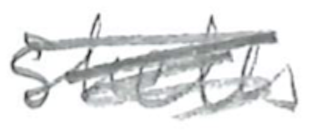
Text: shells
Cross-out: scratch
Writing tool: pencil